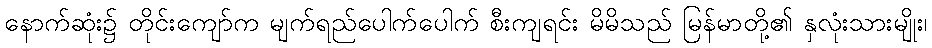
နောက်ဆုံး၌ တိုင်းကျော်က မျက်ရည်ပေါက်ပေါက် စီးကျရင်း မိမိသည် မြန်မာတို့၏ နှလုံးသားမျိုး၊